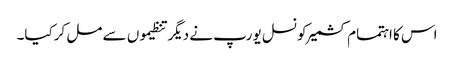
اس کا اہتمام کشمیرکونسل یورپ نے دیگر تنظیموں سے مل کرکیا۔